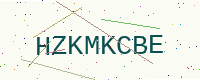
Text: HZKMKCBE